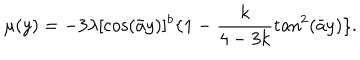
\mu ( y ) = - 3 \lambda [ \cos ( \bar { a } y ) ] ^ { b } \{ 1 - \frac { k } { 4 - 3 k } \tan ^ { 2 } ( \bar { a } y ) \} .